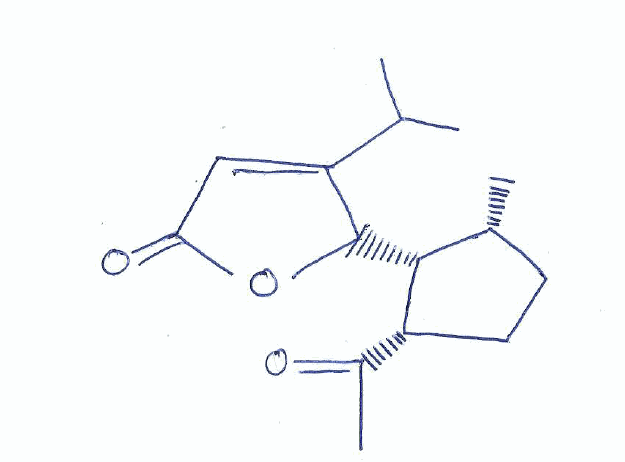
Simplified molecular-input line-entry system (SMILES) notation of the given molecule:
C[C@@H]1CC[C@@H]([C@@H]1C2C(=CC(=O)O2)C(C)C)C(=O)C